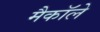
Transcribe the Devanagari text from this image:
मैकाॅले